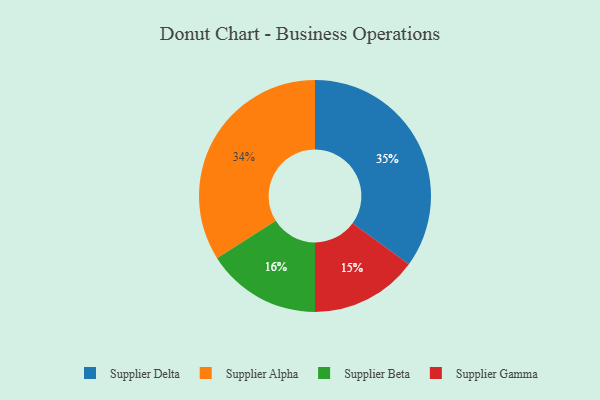
{"axis": {"x": "Category", "y": "Percentage"}, "legend": ["Supplier Alpha", "Supplier Beta", "Supplier Delta", "Supplier Gamma"], "data": [{"x": "Supplier Delta", "y": 35, "type": "Supplier Delta"}, {"x": "Supplier Alpha", "y": 34, "type": "Supplier Alpha"}, {"x": "Supplier Gamma", "y": 15, "type": "Supplier Gamma"}, {"x": "Supplier Beta", "y": 16, "type": "Supplier Beta"}]}